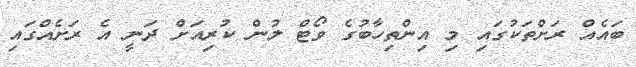
ބައެއް ރަށްތަކުގައި މި އިންތިހާބުގެ ވޯޓް ލުން ކުރިއަށް ދަނީ އެ ރަށެއްގައި